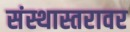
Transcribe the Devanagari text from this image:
संस्थास्तरावर